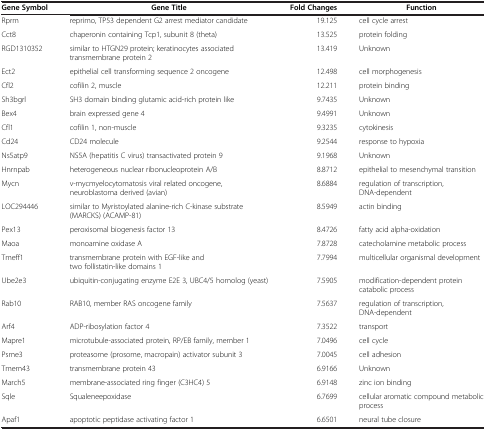
<table><thead><tr><td><b>Gene Symbol</b></td><td><b>Gene Title</b></td><td><b>Fold Changes</b></td><td><b>Function</b></td></tr></thead><tbody><tr><td>Rprm</td><td>reprimo, TP53 dependent G2 arrest mediator candidate</td><td>19.125</td><td>cell cycle arrest</td></tr><tr><td>Cct8</td><td>chaperonin containing Tcp1, subunit 8 (theta)</td><td>13.525</td><td>protein folding</td></tr><tr><td>RGD1310352</td><td>similar to HTGN29 protein; keratinocytes associated transmembrane protein 2</td><td>13.419</td><td>Unknown</td></tr><tr><td>Ect2</td><td>epithelial cell transforming sequence 2 oncogene</td><td>12.498</td><td>cell morphogenesis</td></tr><tr><td>Cfl2</td><td>cofilin 2, muscle</td><td>12.211</td><td>protein binding</td></tr><tr><td>Sh3bgrl</td><td>SH3 domain binding glutamic acid-rich protein like</td><td>9.7435</td><td>Unknown</td></tr><tr><td>Bex4</td><td>brain expressed gene 4</td><td>9.4991</td><td>Unknown</td></tr><tr><td>Cfl1</td><td>cofilin 1, non-muscle</td><td>9.3235</td><td>cytokinesis</td></tr><tr><td>Cd24</td><td>CD24 molecule</td><td>9.2544</td><td>response to hypoxia</td></tr><tr><td>Ns5atp9</td><td>NS5A (hepatitis C virus) transactivated protein 9</td><td>9.1968</td><td>Unknown</td></tr><tr><td>Hnrnpab</td><td>heterogeneous nuclear ribonucleoprotein A/B</td><td>8.8712</td><td>epithelial to mesenchymal transition</td></tr><tr><td>Mycn</td><td>v-mycmyelocytomatosis viral related oncogene, neuroblastoma derived (avian)</td><td>8.6884</td><td>regulation of transcription, DNA-dependent</td></tr><tr><td>LOC294446</td><td>similar to Myristoylated alanine-rich C-kinase substrate (MARCKS) (ACAMP-81)</td><td>8.5949</td><td>actin binding</td></tr><tr><td>Pex13</td><td>peroxisomal biogenesis factor 13</td><td>8.4726</td><td>fatty acid alpha-oxidation</td></tr><tr><td>Maoa</td><td>monoamine oxidase A</td><td>7.8728</td><td>catecholamine metabolic process</td></tr><tr><td>Tmeff1</td><td>transmembrane protein with EGF-like and two follistatin-like domains 1</td><td>7.7994</td><td>multicellular organismal development</td></tr><tr><td>Ube2e3</td><td>ubiquitin-conjugating enzyme E2E 3, UBC4/5 homolog (yeast)</td><td>7.5905</td><td>modification-dependent protein catabolic process</td></tr><tr><td>Rab10</td><td>RAB10, member RAS oncogene family</td><td>7.5637</td><td>regulation of transcription, DNA-dependent</td></tr><tr><td>Arf4</td><td>ADP-ribosylation factor 4</td><td>7.3522</td><td>transport</td></tr><tr><td>Mapre1</td><td>microtubule-associated protein, RP/EB family, member 1</td><td>7.0496</td><td>cell cycle</td></tr><tr><td>Psme3</td><td>proteasome (prosome, macropain) activator subunit 3</td><td>7.0045</td><td>cell adhesion</td></tr><tr><td>Tmem43</td><td>transmembrane protein 43</td><td>6.9166</td><td>Unknown</td></tr><tr><td>March5</td><td>membrane-associated ring finger (C3HC4) 5</td><td>6.9148</td><td>zinc ion binding</td></tr><tr><td>Sqle</td><td>Squaleneepoxidase</td><td>6.7699</td><td>cellular aromatic compound metabolic process</td></tr><tr><td>Apaf1</td><td>apoptotic peptidase activating factor 1</td><td>6.6501</td><td>neural tube closure</td></tr></tbody></table>